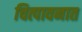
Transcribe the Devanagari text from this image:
चित्पावनात